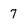
Character: 7